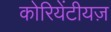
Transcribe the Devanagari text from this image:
कोरियेंटीयज़